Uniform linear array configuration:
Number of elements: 12
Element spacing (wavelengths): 1
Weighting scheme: uniform
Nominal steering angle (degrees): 60
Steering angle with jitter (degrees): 60.736
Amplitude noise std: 0.05
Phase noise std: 0.05

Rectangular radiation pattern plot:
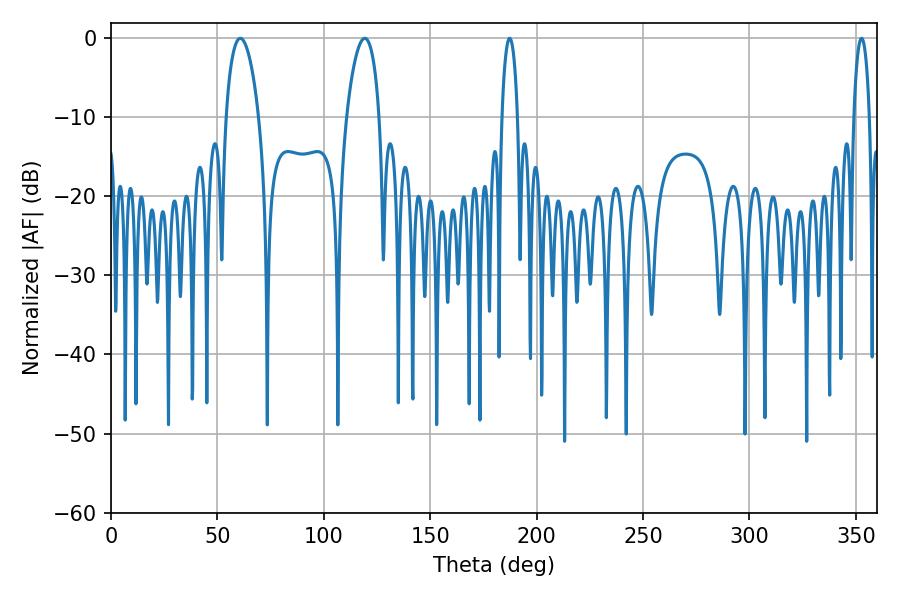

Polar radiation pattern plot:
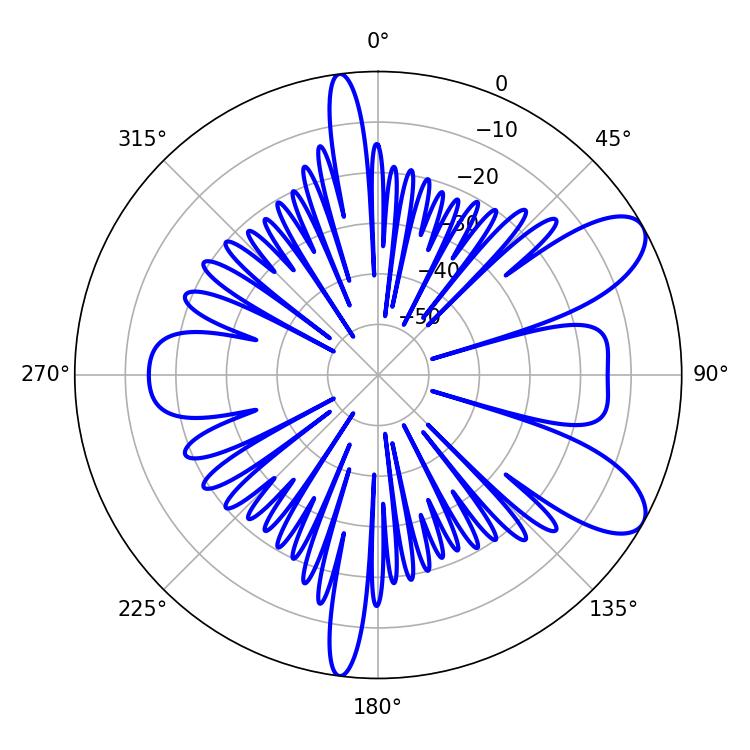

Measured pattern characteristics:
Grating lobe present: TRUE
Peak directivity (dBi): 8.793
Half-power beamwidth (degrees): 8.82
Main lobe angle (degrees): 60.84